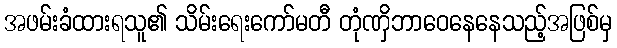
အဖမ်းခံထားရသူ၏ သိမ်းရေးကော်မတီ တုံဏှိဘာဝေနေနေသည့်အဖြစ်မှ